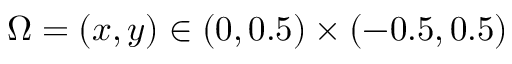
\Omega = ( x , y ) \in ( 0 , 0 . 5 ) \times ( - 0 . 5 , 0 . 5 )